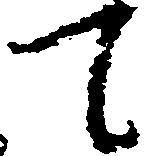
て